Annual vaccination report of Bihar and Orissa - 1911-1928
Year: 1911
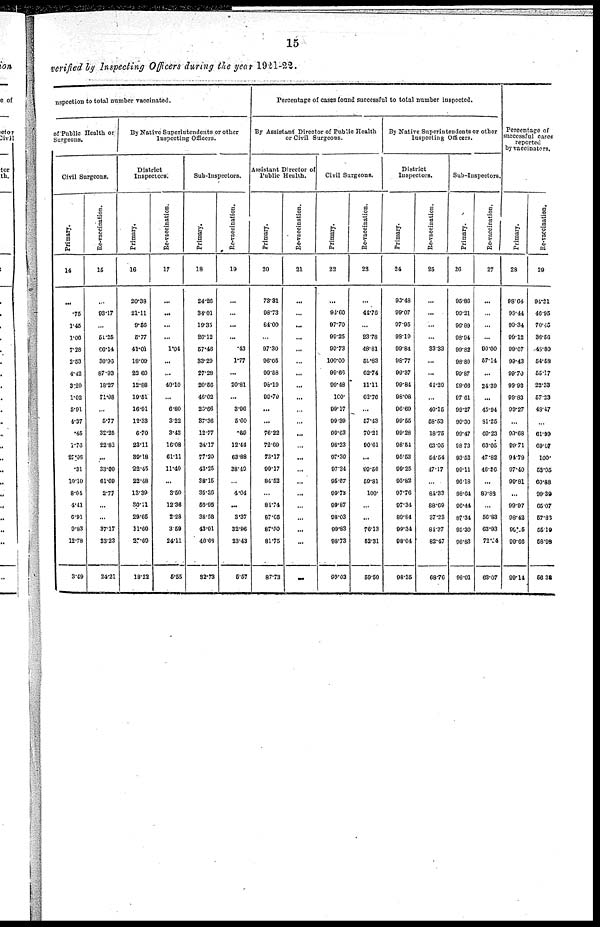
15
verified by Inspecting Officers during the year 1921-22.
nspection to total number vaccinated.
of Public Health or
Surgeons.
Civil Surgeons.
Primary.
14
...
.75
1.45
1.06
7.28
2.53
4.42
3.20
1.02
5.91
4.37
.45
1.76
27.06
.31
10.10
8.04
4.41
6.91
9.83
12.78
3.49
Re-vaccination.
15
...
93.17
...
51.25
66.14
30.96
87.93
18.27
71.98
...
5.77
32.25
22.82
...
33.09
61.69
2.77
...
...
37.17
33.23
24.21
By Native Superintendents or other
Inspecting Officers.
District
Inspectors.
Primary.
16
20.38
21.11
9.56
5.77
41.01
18.09
22.60
12.88
19.51
16.91
12.33
6.70
23.11
39.18
22.45
22.48
13.39
30.11
29.65
11.60
27.69
18.22
Re-vaccination.
17
...
...
...
...
1.04
...
...
40.10
...
6.80
3.22
3.43
16.08
61.11
11.40
...
3.50
12.36
2.28
3.59
24.11
5.55
Sub-Inspectors.
Primary.
18
24.26
34.01
19.35
26.12
57.46
33.29
27.28
20.56
46.02
26.66
37.36
12.77
34.17
77.20
43.25
38.15
35.36
50.95
38.58
43.01
46.68
32.73
Re-vaccination.
19
...
...
...
...
.43
1.77
...
20.81
...
3.96
5.60
.69
12.44
63.88
38.49
...
4.04
...
3.37
32.96
23.43
5.57
Percentage of cases found successful to total number inspected.
By Assistant Director of Public Health
or Civil Surgeons.
Assistant Director of
Public Health.
Primary.
20
73.31
98.73
84.00
...
97.30
96.05
99.58
98.19
99.79
...
...
76.22
72.69
73.17
99.17
84.52
...
84.74
87.65
87.50
81.75
87.73
Re-vaccination.
21
...
...
...
...
...
...
...
...
...
...
...
...
...
...
...
...
...
...
...
...
...
...
Civil Surgeons.
Primary.
22
...
94.60
97.70
99.25
99.73
100.00
99.66
99.48
100.
99.17
99.39
99.63
98.23
97.30
97.34
95.67
99.73
99.87
98.03
99.83
98.73
99.03
Re-vaccination.
23
...
44.76
...
23.78
48.81
59.83
62.74
11.11
62.76
...
57.43
70.21
90.61
...
99.56
59.81
100.
...
...
76.13
52.31
59.50
By Native Superintendents or other
Inspecting Officers.
District
Inspectors.
Primary.
24
93.48
99.07
97.95
98.19
99.84
98.77
99.37
99.84
98.08
96.69
99.55
99.28
98.54
95.53
99.25
95.82
97.76
97.34
89.84
99.34
98.04
98.35
Re-vaccination.
25
...
...
...
...
33.33
...
...
41.29
...
40.15
58.53
18.75
63.05
54.54
47.17
...
84.33
88.69
37.23
84.37
82.47
68.76
Sub-Inspectors.
Primary.
26
95.86
99.21
96.89
98.94
99.82
98.80
99.87
99.66
97.61
99.27
99.30
99.47
98.73
93.52
99.11
96.18
98.04
96.44
87.34
95.30
98.83
98.01
Re-vaccination.
27
...
...
...
...
90.00
57.14
...
24.39
...
45.94
81.25
69.23
63.05
47.82
46.36
...
89.89
...
56.83
63.93
72.54
63.07
Percentage of
successful cases
reported
by vaccinators.
Primary.
28
98.64
99.44
99.34
99.12
99.67
99.43
99.70
99.93
99.83
99.27
...
99.68
99.71
94.79
97.40
99.81
...
99.97
98.42
99.05
99.66
99.14
Re-vaccination.
29
94.21
46.95
70.45
36.56
48.80
54.58
55.17
22.33
57.23
48.47
...
61.99
69.07
100.
53.95
60.88
99.39
65.7
57.83
55.19
58.98
56.30